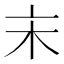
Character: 𠅅